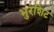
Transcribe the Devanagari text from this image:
भुरशिट